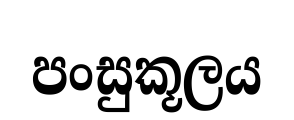
පංසුකූලය